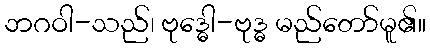
ဘဂဝါ-သည်၊ ဗုဒ္ဓေါ-ဗုဒ္ဓ မည်တော်မူ၏။